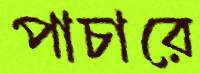
পাচারে